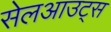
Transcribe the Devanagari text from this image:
सेलआउट्स